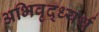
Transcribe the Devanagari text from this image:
अभिवृद्ध्यर्थ